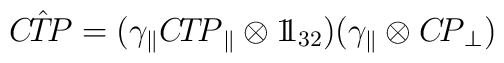
{\sl C\!\hat{T}\!P}=(\gamma_\|{\sl C\!T\!P}_\|\otimes1\!\!1_{32} )           (\gamma_\| \otimes {\sl C\!P}_\bot)\hskip5cm